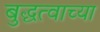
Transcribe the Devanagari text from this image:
बुद्धत्वाच्या